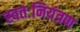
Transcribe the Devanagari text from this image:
स्वतःनियंत्रण